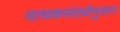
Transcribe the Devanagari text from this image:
वाचकसंख्येनुसार